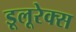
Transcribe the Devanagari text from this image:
डूलूरेक्स